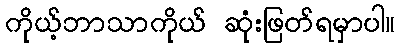
ကိုယ့်ဘာသာကိုယ် ဆုံးဖြတ်ရမှာပါ။